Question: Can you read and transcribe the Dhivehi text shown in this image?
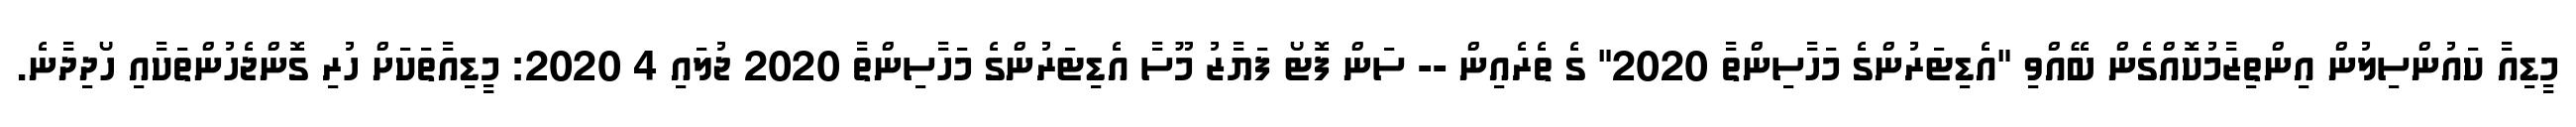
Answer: މީޑިއާ ކައުންސިލުން އިންތިޒާމުކޮއްގެން ބޭއްވި "އެޑިޓަރުންގެ މަހާސިންތާ 2020" ގެ ތެރެއިން -- ސަން ފޮޓޯ ފަޔާޒު މޫސާ އެޑިޓަރުންގެ މަހާސިންތާ 2020 ޖުލައި 4 2020: މީޑިއާތަކަށް ހުރި ގޮންޖެހުންތަކާއި ހޯދިދާނެ.